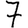
Digit: 7